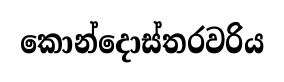
කොන්දොස්තරවරිය